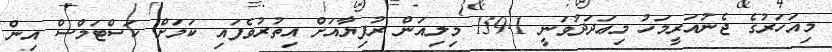
މިއަހަރުގެ ޖެނުއަރީމަހު މިޢަދަދުވަނީ 159.1 މިލިއަން ރުފިޔާއަށް އިތުރުވެފައި ކަމަށް ކަސްޓަމްސް އިން